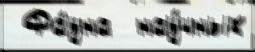
 Фа́уна  нау́чных